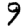
Digit: 9